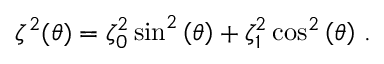
\begin{array} { r } { \small \zeta ^ { 2 } ( \theta ) = \zeta _ { 0 } ^ { 2 } \sin ^ { 2 } \left( \theta \right) + \zeta _ { 1 } ^ { 2 } \cos ^ { 2 } \left( \theta \right) \, . } \end{array}